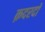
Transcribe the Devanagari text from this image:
क़दरदाॅ